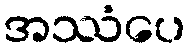
အဿံပေ